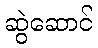
ဆွဲဆောင်